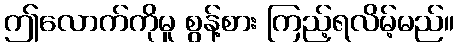
ဤလောက်ကိုမူ စွန့်စား ကြည့်ရလိမ့်မည်။